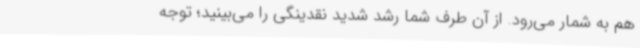
هم به شمار می‌رود. از آن طرف شما رشد شدید نقدینگی را می‌بینید؛ توجه